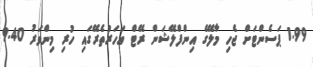
1.99 ޕަސެންޓަށް ޖެހި މާލޭގެ އިންފްލޭޝަން ރޭޓް އަހަރުތެރޭގައި ހުރި މިންވަރު 9.40